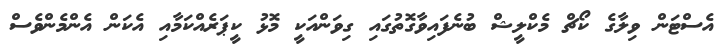
އެސްޓަން ވިލާގެ ކޯޗް މެކްލީޝް ބުނެފައިވާގޮތުގައި ގިވަންއަކީ މޮޅު ކީޕަރެއްކަމާއި އެކަން އެންމެންވެސް